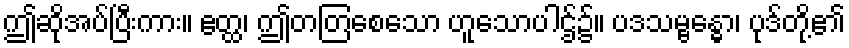
ဤဆိုအပ်ပြီးကား။ ဧတ္ထ၊ ဤတတြစေသော ဟူသောပါဌ်၌။ ပဒသမ္ဗန္ဓော၊ ပုဒ်တို့၏